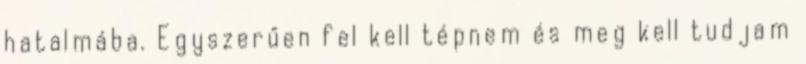
hatalmába. Egyszerűen fel kell tépnem és meg kell tudjam